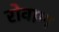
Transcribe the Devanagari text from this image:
रोवाण